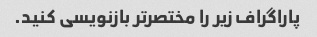
پاراگراف زیر را مختصرتر بازنویسی کنید.